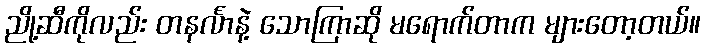
ညို့ဆီကိုလည်း တနင်္လာနဲ့ သောကြာဆို မရောက်တာက များတော့တယ်။